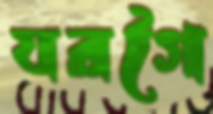
যরগৈ